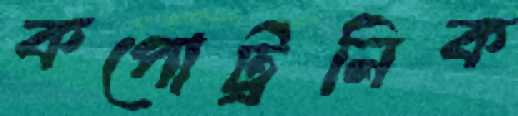
কপোট্রনিক